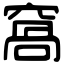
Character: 窩